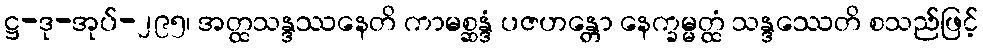
ဋ္ဌ-ဒု-အုပ်-၂၉၅၊ အတ္ထသန္ဒဿနေတိ ကာမစ္ဆန္ဒံ ပဇဟန္တော နေက္ခမ္မတ္ထံ သန္ဒဿေတိ စသည်ဖြင့်